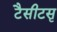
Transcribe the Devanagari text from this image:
टैसीटसृ